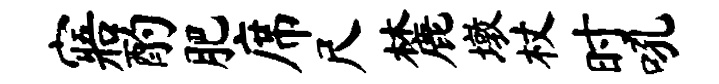
寤酌肥席尺麓墩杖时吼